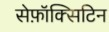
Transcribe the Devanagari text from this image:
सेफ़ॉक्सिटिन